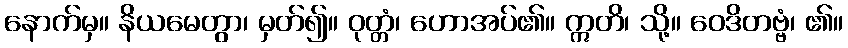
နောက်မှ။ နိယမေတွာ၊ မှတ်၍။ ဝုတ္တံ၊ ဟောအပ်၏။ ဣတိ၊ သို့။ ဝေဒိတဗ္ဗံ၊ ၏။